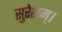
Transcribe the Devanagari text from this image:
सुरेशम्।